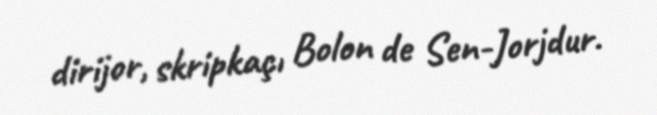
dirijor, skripkaçı Bolon de Sen-Jorjdur.